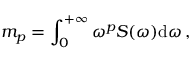
m _ { p } = \int _ { 0 } ^ { + \infty } \omega ^ { p } S ( \omega ) \mathrm { d } \omega \, ,